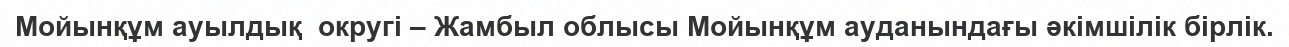
Мойынқұм ауылдық  округі – Жамбыл облысы Мойынқұм ауданындағы әкімшілік бірлік.